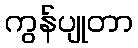
ကွန်ပျုတာ